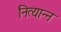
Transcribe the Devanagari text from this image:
नित्यान्न